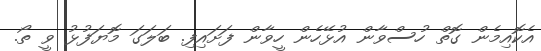
އެކޮއިމެން ގޮތް ހުސްވާން އުޅޭހެން ހީވާން ފަށައިފި. ބަލަގަ މޮޔަފުޅު ވީ ތޯ.